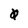
Character: 0